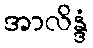
အာလိန္ဒံ